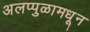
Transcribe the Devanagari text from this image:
अलप्पुळामधून